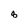
Character: 8